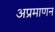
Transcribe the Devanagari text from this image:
अप्रमाणन